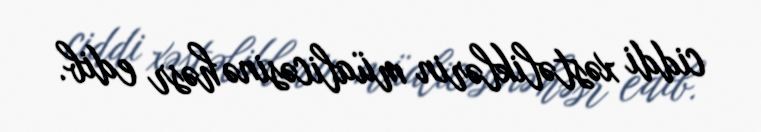
ciddi xəstəliklərin müalicəsinə həsr edib.